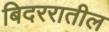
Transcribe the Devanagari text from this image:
बिदररातील